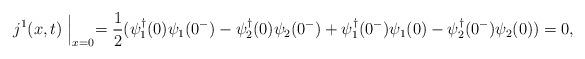
LaTeX: \begin{align*}j^1(x, t)\Bigm|_{x=0} = \frac{1}{2}(\psi_1^\dagger (0)\psi_1(0^-) - \psi_2^\dagger (0)\psi_2(0^-) + \psi_1^\dagger (0^-)\psi_1(0) - \psi_2^\dagger (0^-)\psi_2(0)) = 0,\end{align*}